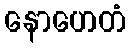
နောဟေတံ